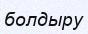
болдыру